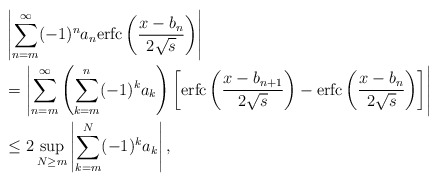
\begin{align*}&\left|\sum_{n=m}^\infty(-1)^na_n{\rm erfc}\left(\frac{x-b_n}{2\sqrt{s}}\right)\right|\\& = \left|\sum_{n=m}^\infty\left(\sum_{k=m}^n(-1)^ka_k\right)\left[{\rm erfc}\left(\frac{x-b_{n+1}}{2\sqrt{s}}\right)-{\rm erfc}\left(\frac{x-b_n}{2\sqrt{s}}\right)\right]\right|\\&\leq 2\sup_{N\geq m}\left|\sum_{k=m}^N(-1)^ka_k\right|,\end{align*}